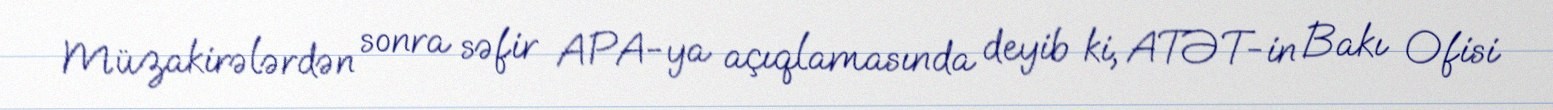
Müzakirələrdən sonra səfir APA-ya açıqlamasında deyib ki, ATƏT-in Bakı Ofisi